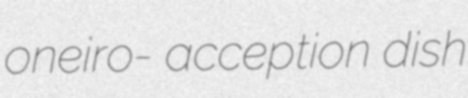
oneiro- acception dish